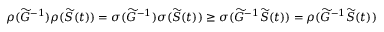
\rho ( \widetilde G ^ { - 1 } ) \rho ( \widetilde S ( t ) ) = \sigma ( \widetilde G ^ { - 1 } ) \sigma ( \widetilde S ( t ) ) \geq \sigma ( \widetilde G ^ { - 1 } \widetilde S ( t ) ) = \rho ( \widetilde G ^ { - 1 } \widetilde S ( t ) )